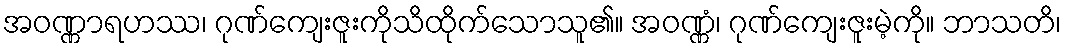
အဝဏ္ဏာရဟဿ၊ ဂုဏ်ကျေးဇူးကိုသိထိုက်သောသူ၏။ အဝဏ္ဏံ၊ ဂုဏ်ကျေးဇူးမဲ့ကို။ ဘာသတိ၊